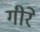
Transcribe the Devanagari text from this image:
गीरे